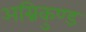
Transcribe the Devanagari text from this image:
अग्निकुण्ड